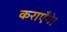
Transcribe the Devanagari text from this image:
कराएँगे।